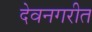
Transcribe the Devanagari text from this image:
देवनगरीत